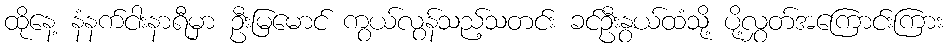
ထိုနေ့ နံနက်ငါးနာရီမှာ ဦးမြမောင် ကွယ်လွန်သည့်သတင်း ခင်ဦးနွယ်ထံသို့ ပို့လွှတ်အကြောင်းကြား